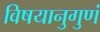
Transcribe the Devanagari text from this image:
विषयानुगुणं